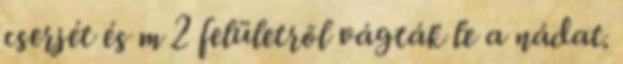
cserjét és m 2 felületrõl vágták le a nádat.